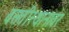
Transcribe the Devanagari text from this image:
वसतीस्थानावर